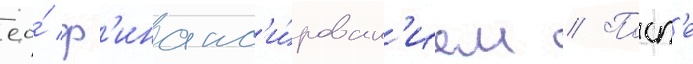
ео́ ф'инанс'и́рован'ием // Посл'е